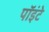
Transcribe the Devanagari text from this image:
पॉइंटे